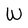
Character: W